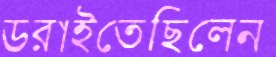
ডরাইতেছিলেন